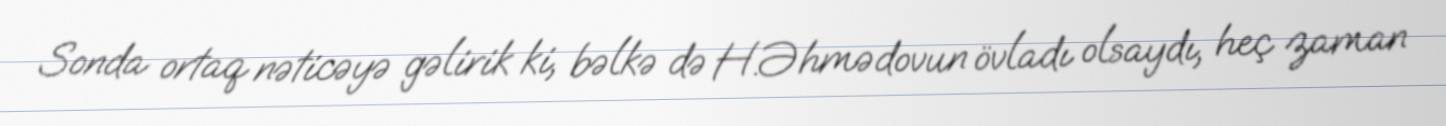
Sonda ortaq nəticəyə gəlirik ki, bəlkə də H.Əhmədovun övladı olsaydı, heç zaman